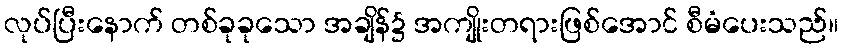
လုပ်ပြီးနောက် တစ်ခုခုသော အချိန်၌ အကျိုးတရားဖြစ်အောင် စီမံပေးသည်။